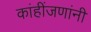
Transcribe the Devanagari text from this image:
कांहींजणांनी